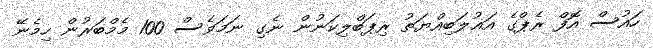
ހައުސް އޮފް ރެޕްގެ އަޣުލަބިއްޔަތު ރިޕަބްލިކަނުން ނެގި ނަމަވެސް 100 މެމްބަރުން ހިމެނޭ